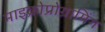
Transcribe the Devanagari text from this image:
माइक्रोप्रोग्रामिंग